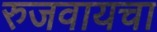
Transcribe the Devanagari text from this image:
रुजवायचा